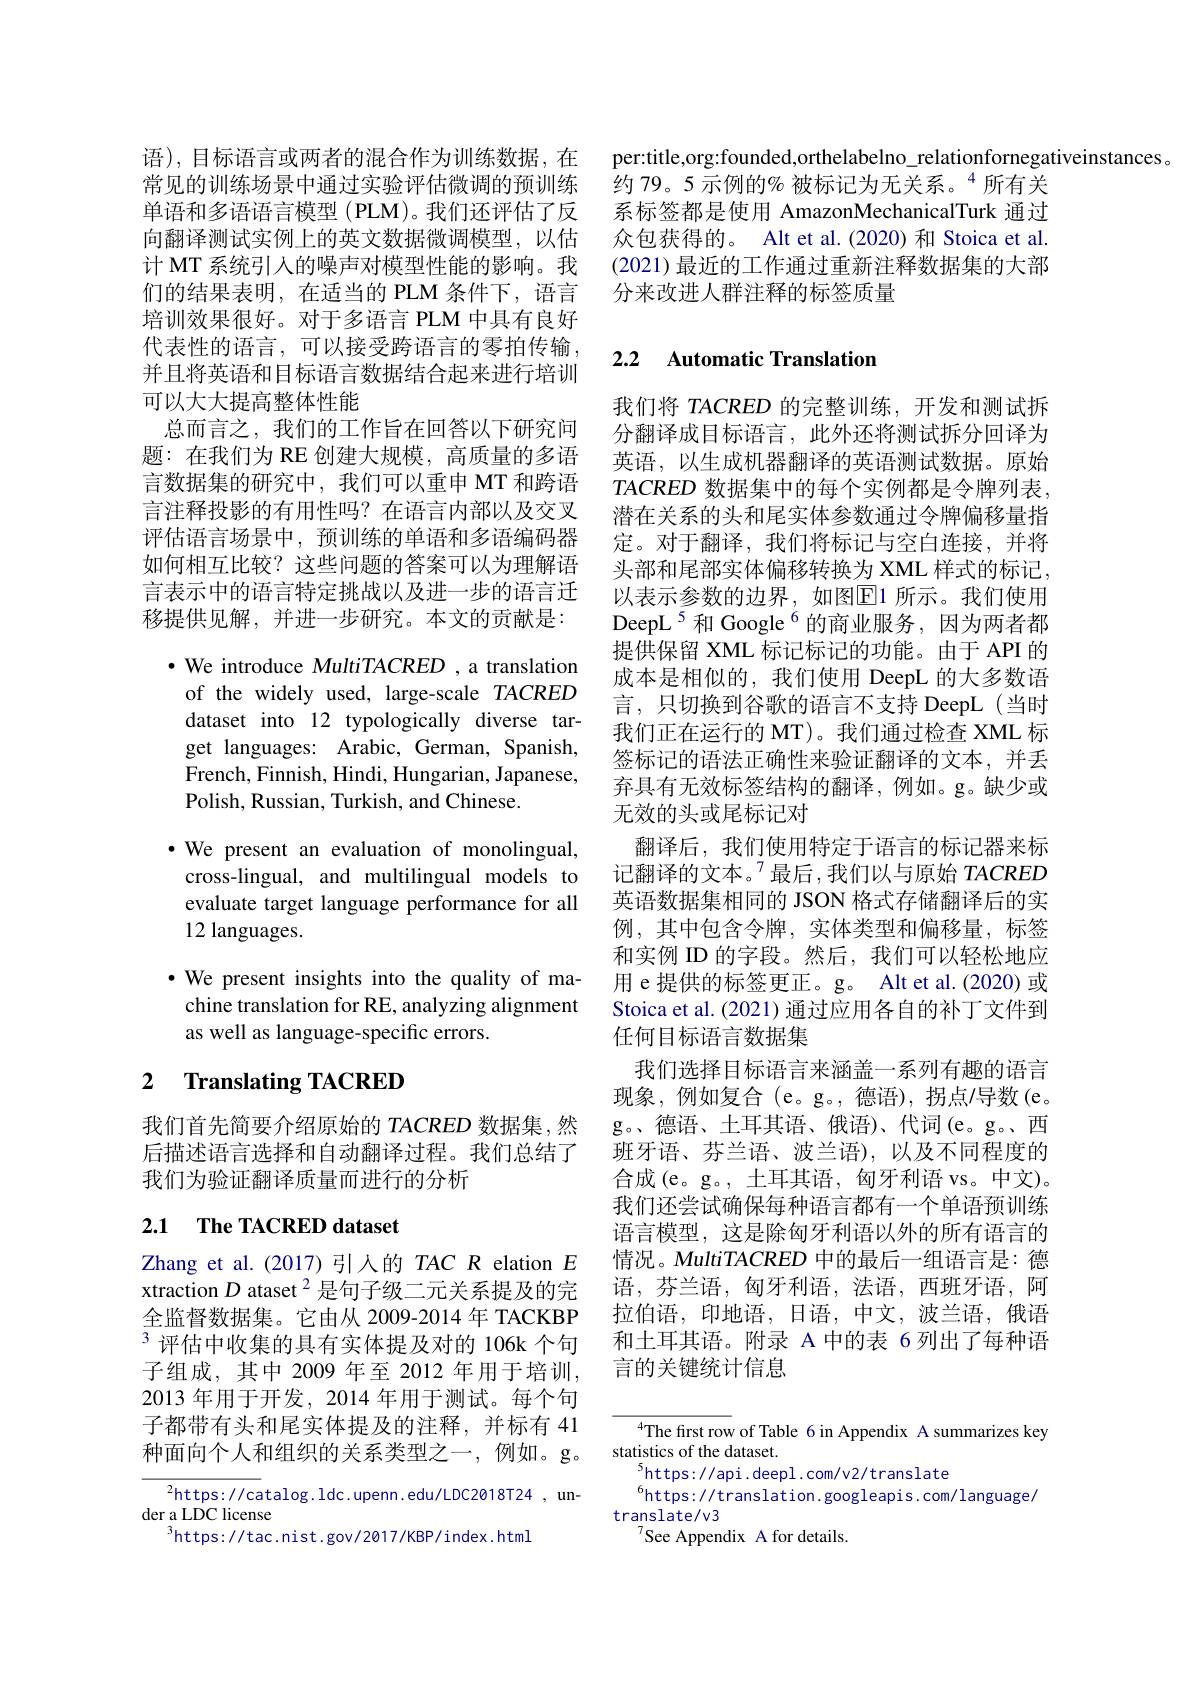
语),目标语言或两者的混合作为训练数据，在常见的训练场景中通过实验评估微调的预训练单语和多语语言模型 (PLM)。我们还评估了反向翻译测试实例上的英文数据微调模型，以估计 MT 系统引入的噪声对模型性能的影响。我们的结果表明，在适当的 PLM 条件下，语言培训效果很好。对于多语言 PLM 中具有良好代表性的语言，可以接受跨语言的零拍传输， 并且将英语和目标语言数据结合起来进行培训可以大大提高整体性能
总而言之，我们的工作旨在回答以下研究问题：在我们为 RE 创建大规模，高质量的多语言数据集的研究中，我们可以重申 MT 和跨语言注释投影的有用性吗？在语言内部以及交叉评估语言场景中，预训练的单语和多语编码器如何相互比较？这些问题的答案可以为理解语言表示中的语言特定挑战以及进一步的语言迁移提供见解，并进一步研究。本文的贡献是：
$\bullet$ We introduce MultiTACRED ,a translation
of the widely used, large-scale TACRED dataset into 12 typologically diverse target languages: Arabic, German, Spanish, French, Finnish, Hindi, Hungarian, Japanese, Polish, Russian, Turkish, and Chinese.
$\cdot$ We present an evaluation of monolingual,
cross-lingual, and multilingual models to evaluate target language performance for all 12 languages.
$\cdot$ We present insights into the quality of machine translation for RE, analyzing alignment as well as language-specific errors.
2 Translating TACRED

我们首先简要介绍原始的 TACRED 数据集 ,然后描述语言选择和自动翻译过程。我们总结了我们为验证翻译质量而进行的分析

# 2.1 $\textbf{The TACRED dataset}$

Zhang et al.(2017)引入的 TAC R elation $E$ xtraction $D\text{ ataset}^{2}$是句子级二元关系提及的完全监督数据集。它由从 2009-2014 年 TACKBP 3 评估中收集的具有实体提及对的 106k 个句子组成，其中 2009 年至 2012 年用于培训， 2013 年用于开发，2014 年用于测试。每个句子都带有头和尾实体提及的注释，并标有 41种面向个人和组织的关系类型之一，例如。g。

$^{2}$https://catalog.ldc.upenn.edu/LDC2018T24,un-
der a LDC license
$^{3}$https://tac.nist.gov/2017/KBP/index.html

per:title,org:founded,orthelabelno\_relationfornegativeinstances。
约 79。5 示例的% 被标记为无关系。$^{4}$所有关系标签都是使用 AmazonMechanicalTurk 通过众包获得的。Alt et al.(2020) 和 Stoica et al. (2021)最近的工作通过重新注释数据集的大部分来改进人群注释的标签质量

## 2.2 $\textbf{Automatic Translation}$

我们将 TACRED 的完整训练，开发和测试拆分翻译成目标语言，此外还将测试拆分回译为英语，以生成机器翻译的英语测试数据。原始$TACRED$ 数据集中的每个实例都是令牌列表， 潜在关系的头和尾实体参数通过令牌偏移量指定。对于翻译，我们将标记与空白连接，并将头部和尾部实体偏移转换为 XML 样式的标记， 以表示参数的边界，如图$\boxed{\mathrm{E}}$1 所示。我们使用DeepL$^{5}$和 Google$^{6}$的商业服务，因为两者都提供保留 XML 标记标记的功能。由于 API 的成本是相似的，我们使用 DeepL 的大多数语言，只切换到谷歌的语言不支持 DeepL(当时我们正在运行的 MT)。我们通过检查 XML 标签标记的语法正确性来验证翻译的文本，并丢弃具有无效标签结构的翻译，例如。g。缺少或无效的头或尾标记对
翻译后，我们使用特定于语言的标记器来标记翻译的文本。$^{7}$最后，我们以与原始 TACRED 英语数据集相同的 JSON 格式存储翻译后的实例，其中包含令牌，实体类型和偏移量，标签和实例 ID 的字段。然后，我们可以轻松地应用 e 提供的标签更正。g。Alt et al.(2020) 或Stoica et al. (2021) 通过应用各自的补丁文件到任何目标语言数据集
我们选择目标语言来涵盖一系列有趣的语言现象，例如复合(e。g。,德语),拐点/导数(e。g。、德语、土耳其语、俄语)、代词(e。g。、西班牙语、芬兰语、波兰语),以及不同程度的合成(e。g。, 土耳其语，匈牙利语 vs。中文)。我们还尝试确保每种语言都有一个单语预训练语言模型，这是除匈牙利语以外的所有语言的情况。MultiTACRED 中的最后一组语言是：德语，芬兰语，匈牙利语，法语，西班牙语，阿拉伯语，印地语，日语，中文，波兰语，俄语和土耳其语。附录 A 中的表 6 列出了每种语言的关键统计信息

$^{4}$The first row of Table 6 in Appendix A summarizes key
statistics of the dataset.
$^{5}$https://api.deepl.com/v2/translate
$^{6}$https://translation.googleapis.com/language/
translate/v3
$^{7}$See Appendix A for details.